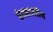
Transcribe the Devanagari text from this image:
वेधशालीय